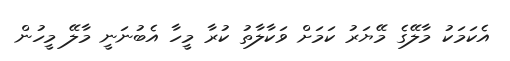
އެކަމަކު މާލޭގެ މޭޔަރު ކަމަށް ވަކާލާތު ކުރާ މީހާ އެބުނަނީ މާލޭ މީހުން